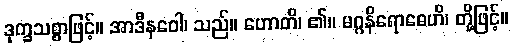
ဒုက္ခသစ္စာဖြင့်။ အာဒီနဝေါ၊ သည်။ ဟောတိ၊ ၏။ မဂ္ဂနိရောဓေဟိ၊ တို့ဖြင့်။